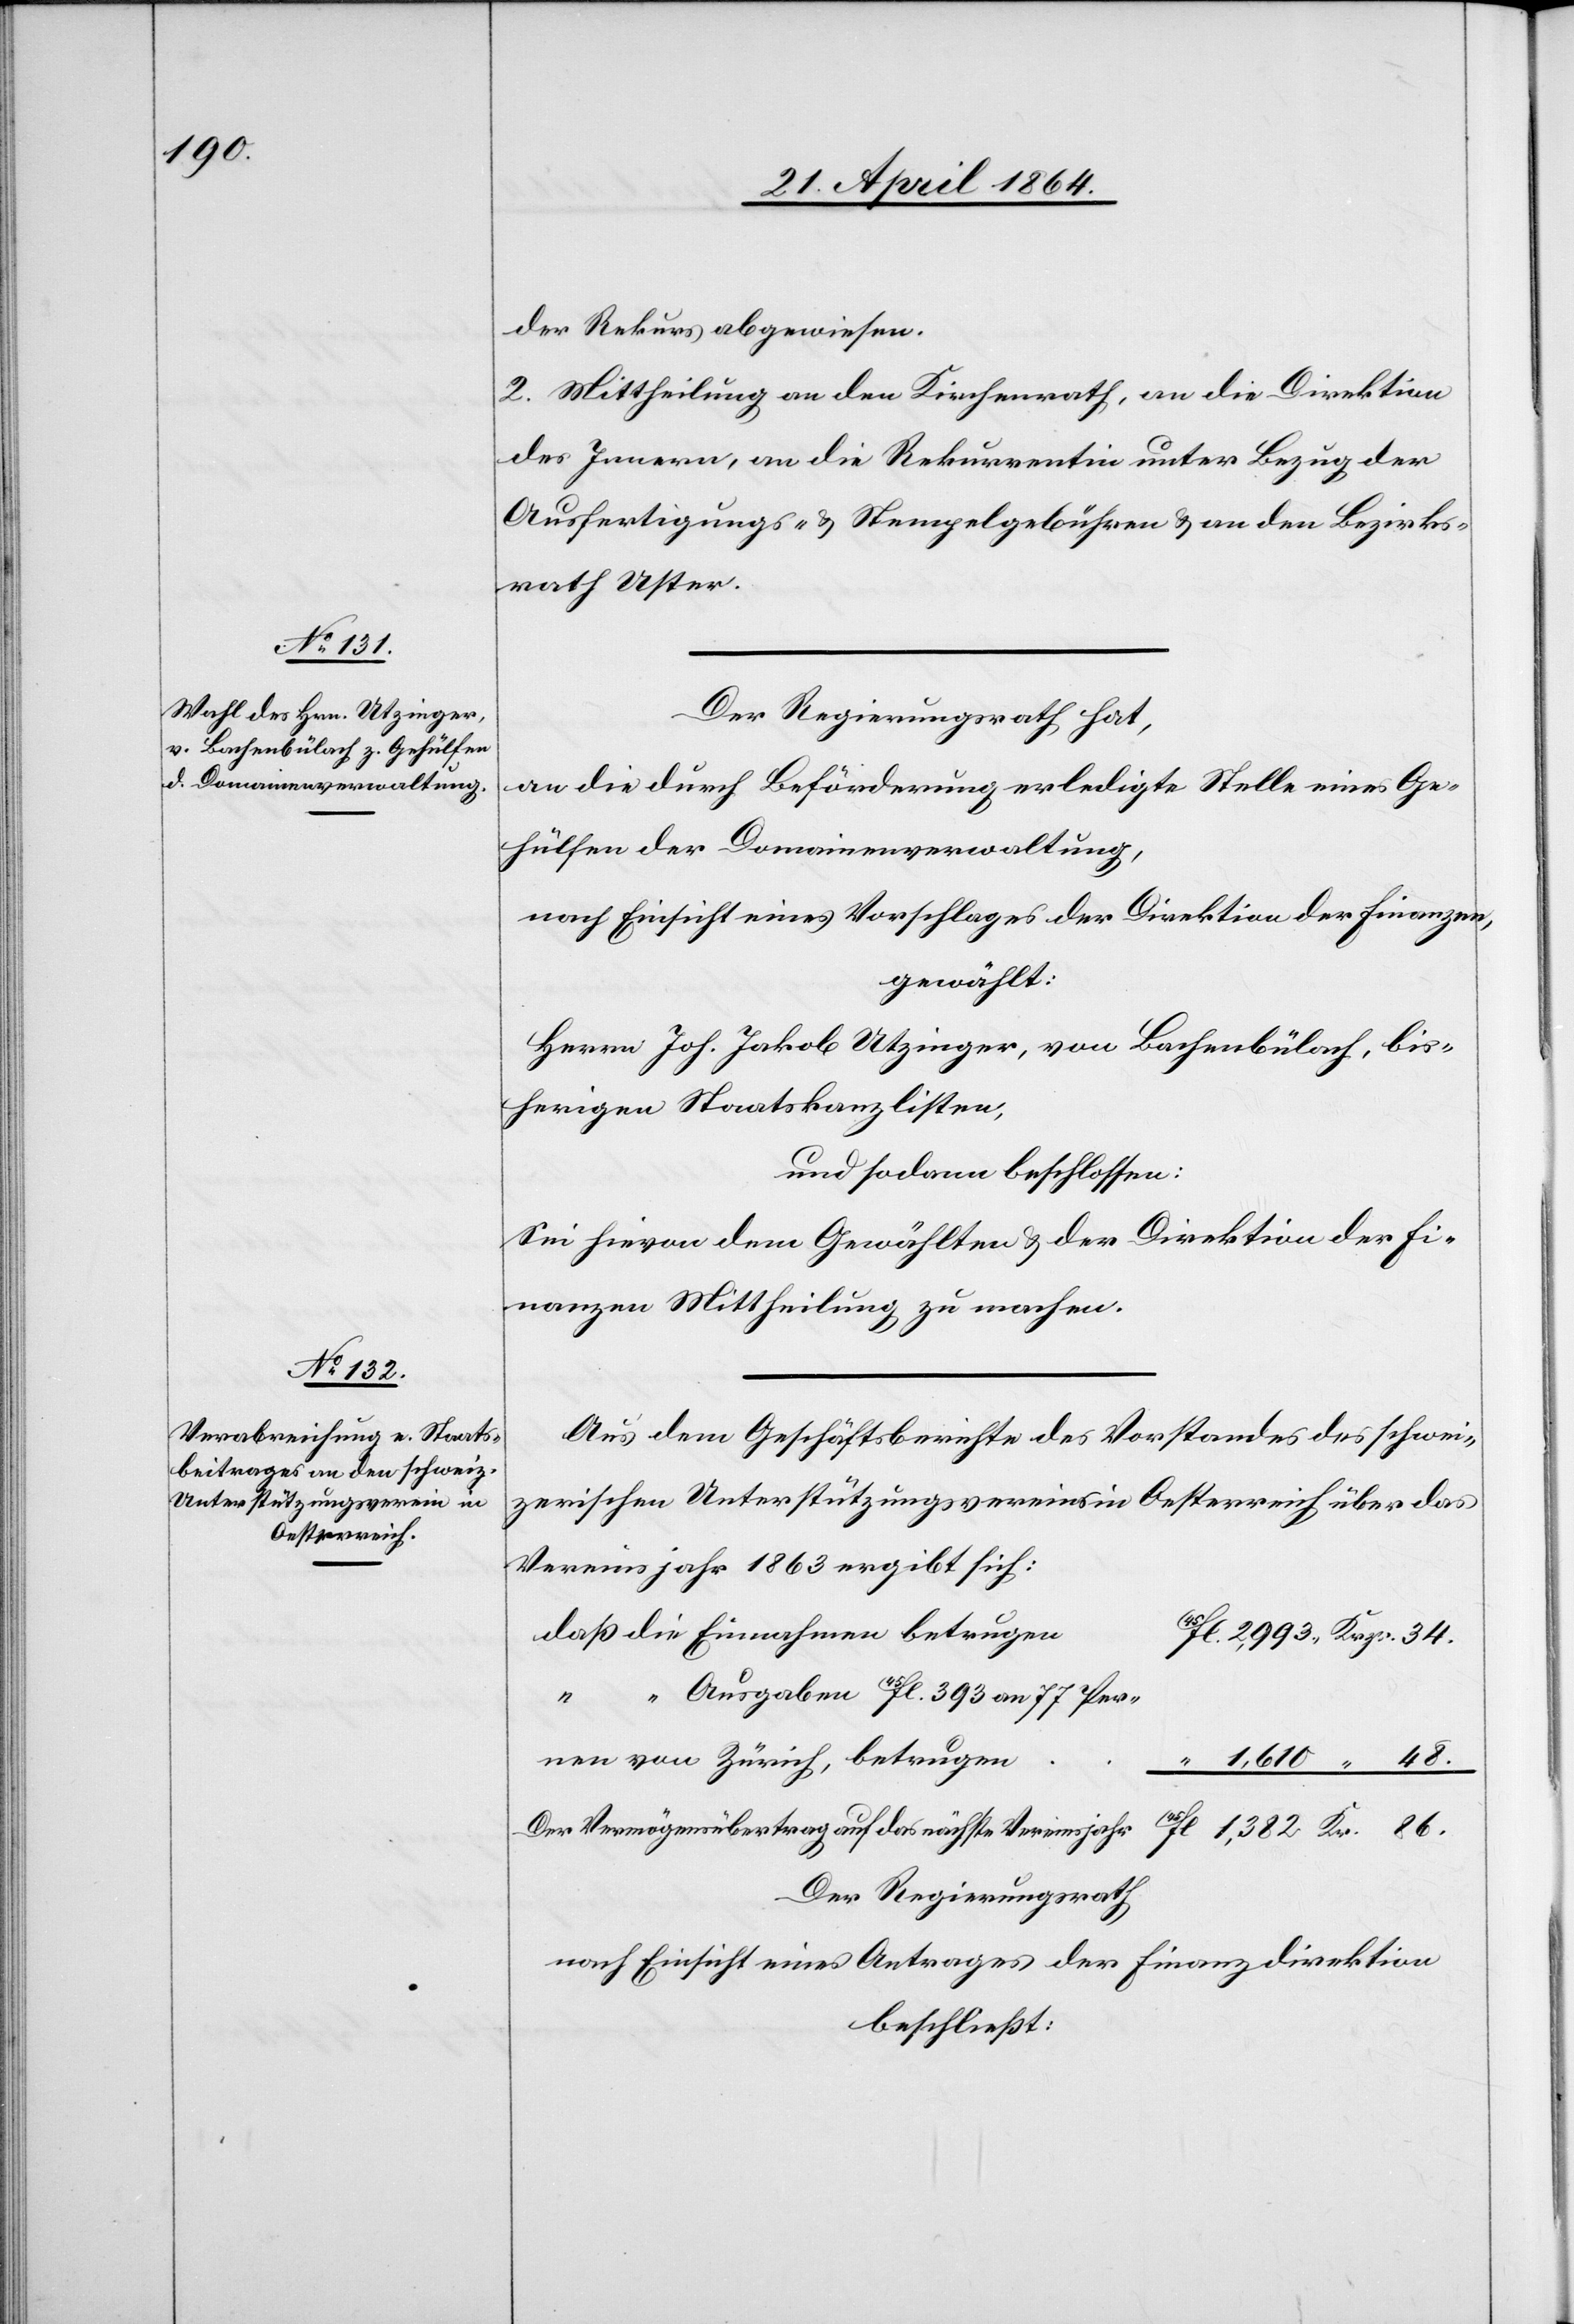
der Rekurs abgewiesen.
2. Mittheilung an den Kirchenrath, an die Direktion
des Innern, an die Rekurrentin unter Bezug der
Ausfertigungs- u. Stempelgebühren u. an den Bezirks¬
rath Uster.
Der Regierungsrath hat,
an die durch Beförderung erledigte Stelle eines Ge¬
hülfen der Domainenverwaltung,
nach Einsicht eines Vorschlages der Direktion der Finanzen,
gewählt:
Herrn Joh. Jakob Utzinger, von Bachenbülach, bis¬
herigen Staatskanzlisten,
und sodann beschlossen:
Sei hievon dem Gewählten u. der Direktion der Fi¬
nanzen Mittheilung zu machen.
Aus dem Geschäftsberichte des Vorstandes des schwei¬
zerischen Unterstützungsvereins in Oesterreich über das
Vereinsjahr 1863 ergibt sich:
daß die Einnahmen betruge¬
l. 2,993, Krzr. 34.
Ausgaben 45Fl. 393 an 77 Per¬
“ 1,610 “ 48.
von
Der Vermögensübertrag auf das nächste Vereinsjahr		45Fl	 1,382 Kr. 86.
Der Regierungsrath
nach Einsicht eines Antrages der Finanzdirektion
beschließt: